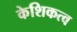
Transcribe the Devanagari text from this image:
केशिकत्व